Annual administration report of the Civil Veterinary Department of India - 1896-1897
Year: 1896
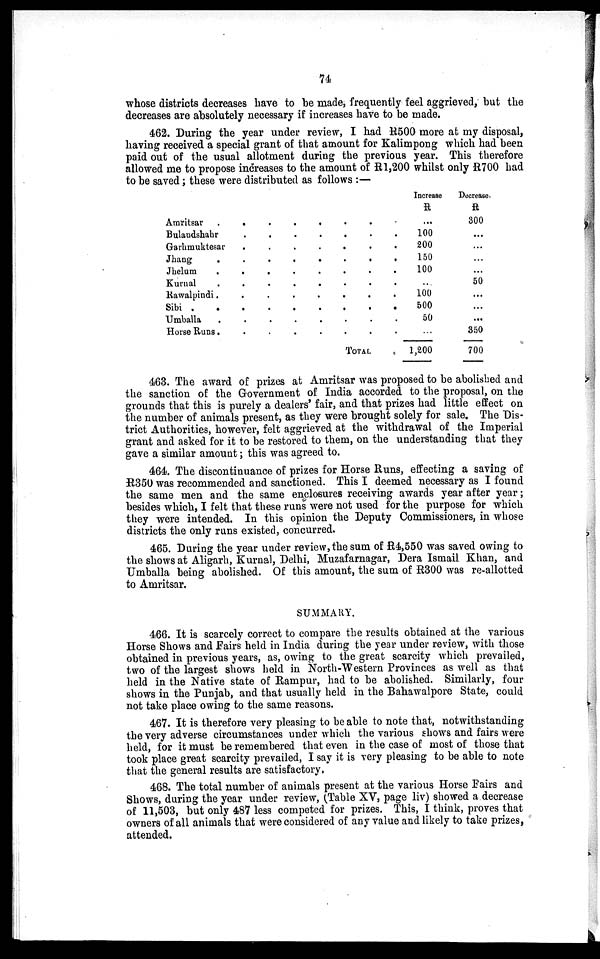
74
whose districts decreases have to be made, frequently feel aggrieved, but the
decreases are absolutely necessary if increases have to be made.
462. During the year under review, I had R500 more at my disposal,
having received a special grant of that amount for Kalimpong which had been
paid out of the usual allotment during the previous year. This therefore
allowed me to propose increases to the amount of R1,200 whilst only R700 had
to be saved; these were distributed as follows:—
Amritsar
.
.
.
.
Bulaudshahr . . .
Garhmuktesar . . .
Jhang
.
.
.
.
Jhelum
.
.
.
.
Kurnal
.
.
.
.
Rawalpindi .
.
.
.
Sibi
.
.
.
.
.
Umballa
.
.
.
.
Horse Runs .
.
.
.
. . .
. . .
. . .
. . .
. . .
. . .
. . .
. . .
. . .
. . .
TOTAL
Increase
R
...
. 100
. 00
. 50
. 100
. . . .
. 100
. 500
. 50
. …
.
1,200
Decrease.
R
300
...
...
...
…
50
...
…
...
350
700
463. The award of prizes at Amritsar was proposed to be abolished and
the sanction of the Government of India accorded to the proposal, on the
grounds that this is purely a dealers' fair, and that prizes had little effect on
the number of animals present, as they were brought solely for sale. The Dis-
trict Authorities, however, felt aggrieved at the withdrawal of the Imperial
grant and asked for it to be restored to them, on the understanding that they
gave a similar amount; this was agreed to.
464. The discontinuance of prizes for Horse Runs, effecting a saving of
R350 was recommended and sanctioned. This I deemed necessary as I found
the same men and the same enclosures receiving awards year after year;
besides which, I felt that these runs were not used for the purpose for which
they were intended. In this opinion the Deputy Commissioners, in whose
districts the only runs existed, concurred.
465. During the year under review, the sum of R4,550 was saved owing to
the shows at Aligarh, Kurnal, Delhi, Muzafarnagar, Dera Ismail Khan, and
Umballa being abolished. Of this amount, the sum of R300 was re-allotted
to Amritsar.
SUMMARY.
466. It is scarcely correct to compare the results obtained at the various
Horse Shows and Fairs held in India during the year under review, with those
obtained in previous years, as, owing to the great scarcity which prevailed,
two of the largest shows held in North-Western Provinces as well as that
held in the Native state of Rampur, had to be abolished. Similarly, four
shows in the Punjab, and that usually held in the Bahawalpore State, could
not take place owing to the same reasons.
467. It is therefore very pleasing to be able to note that, notwithstanding
the very adverse circumstances under which the various shows and fairs were
held, for it must be remembered that even in the case of most of those that
took place great scarcity prevailed, I say it is very pleasing to be able to note
that the general results are satisfactory.
468. The total number of animals present at the various Horse Fairs and
Shows, during the year under review, (Table XV, page liv) showed a decrease
of 11,503, but only 487 less competed for prizes. This, I think, proves that
owners of all animals that were considered of any value and likely to take prizes,
attended.